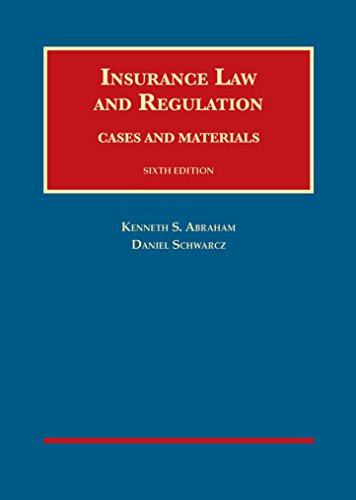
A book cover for Insurance Law and Regulation (University Casebook Series); Kenneth Abraham; Law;